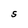
Character: S